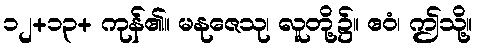
၁၂+၁၃+ ကုန်၏။ မနုဇေသု၊ လူတို့၌။ ဧဝံ၊ ဤသို့။